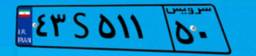
۸۷S۱۳۶۶۰